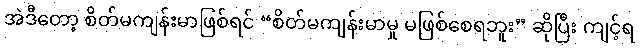
အဲဒီတော့ စိတ်မကျန်းမာဖြစ်ရင် “စိတ်မကျန်းမာမှု မဖြစ်စေရဘူး” ဆိုပြီး ကျင့်ရ